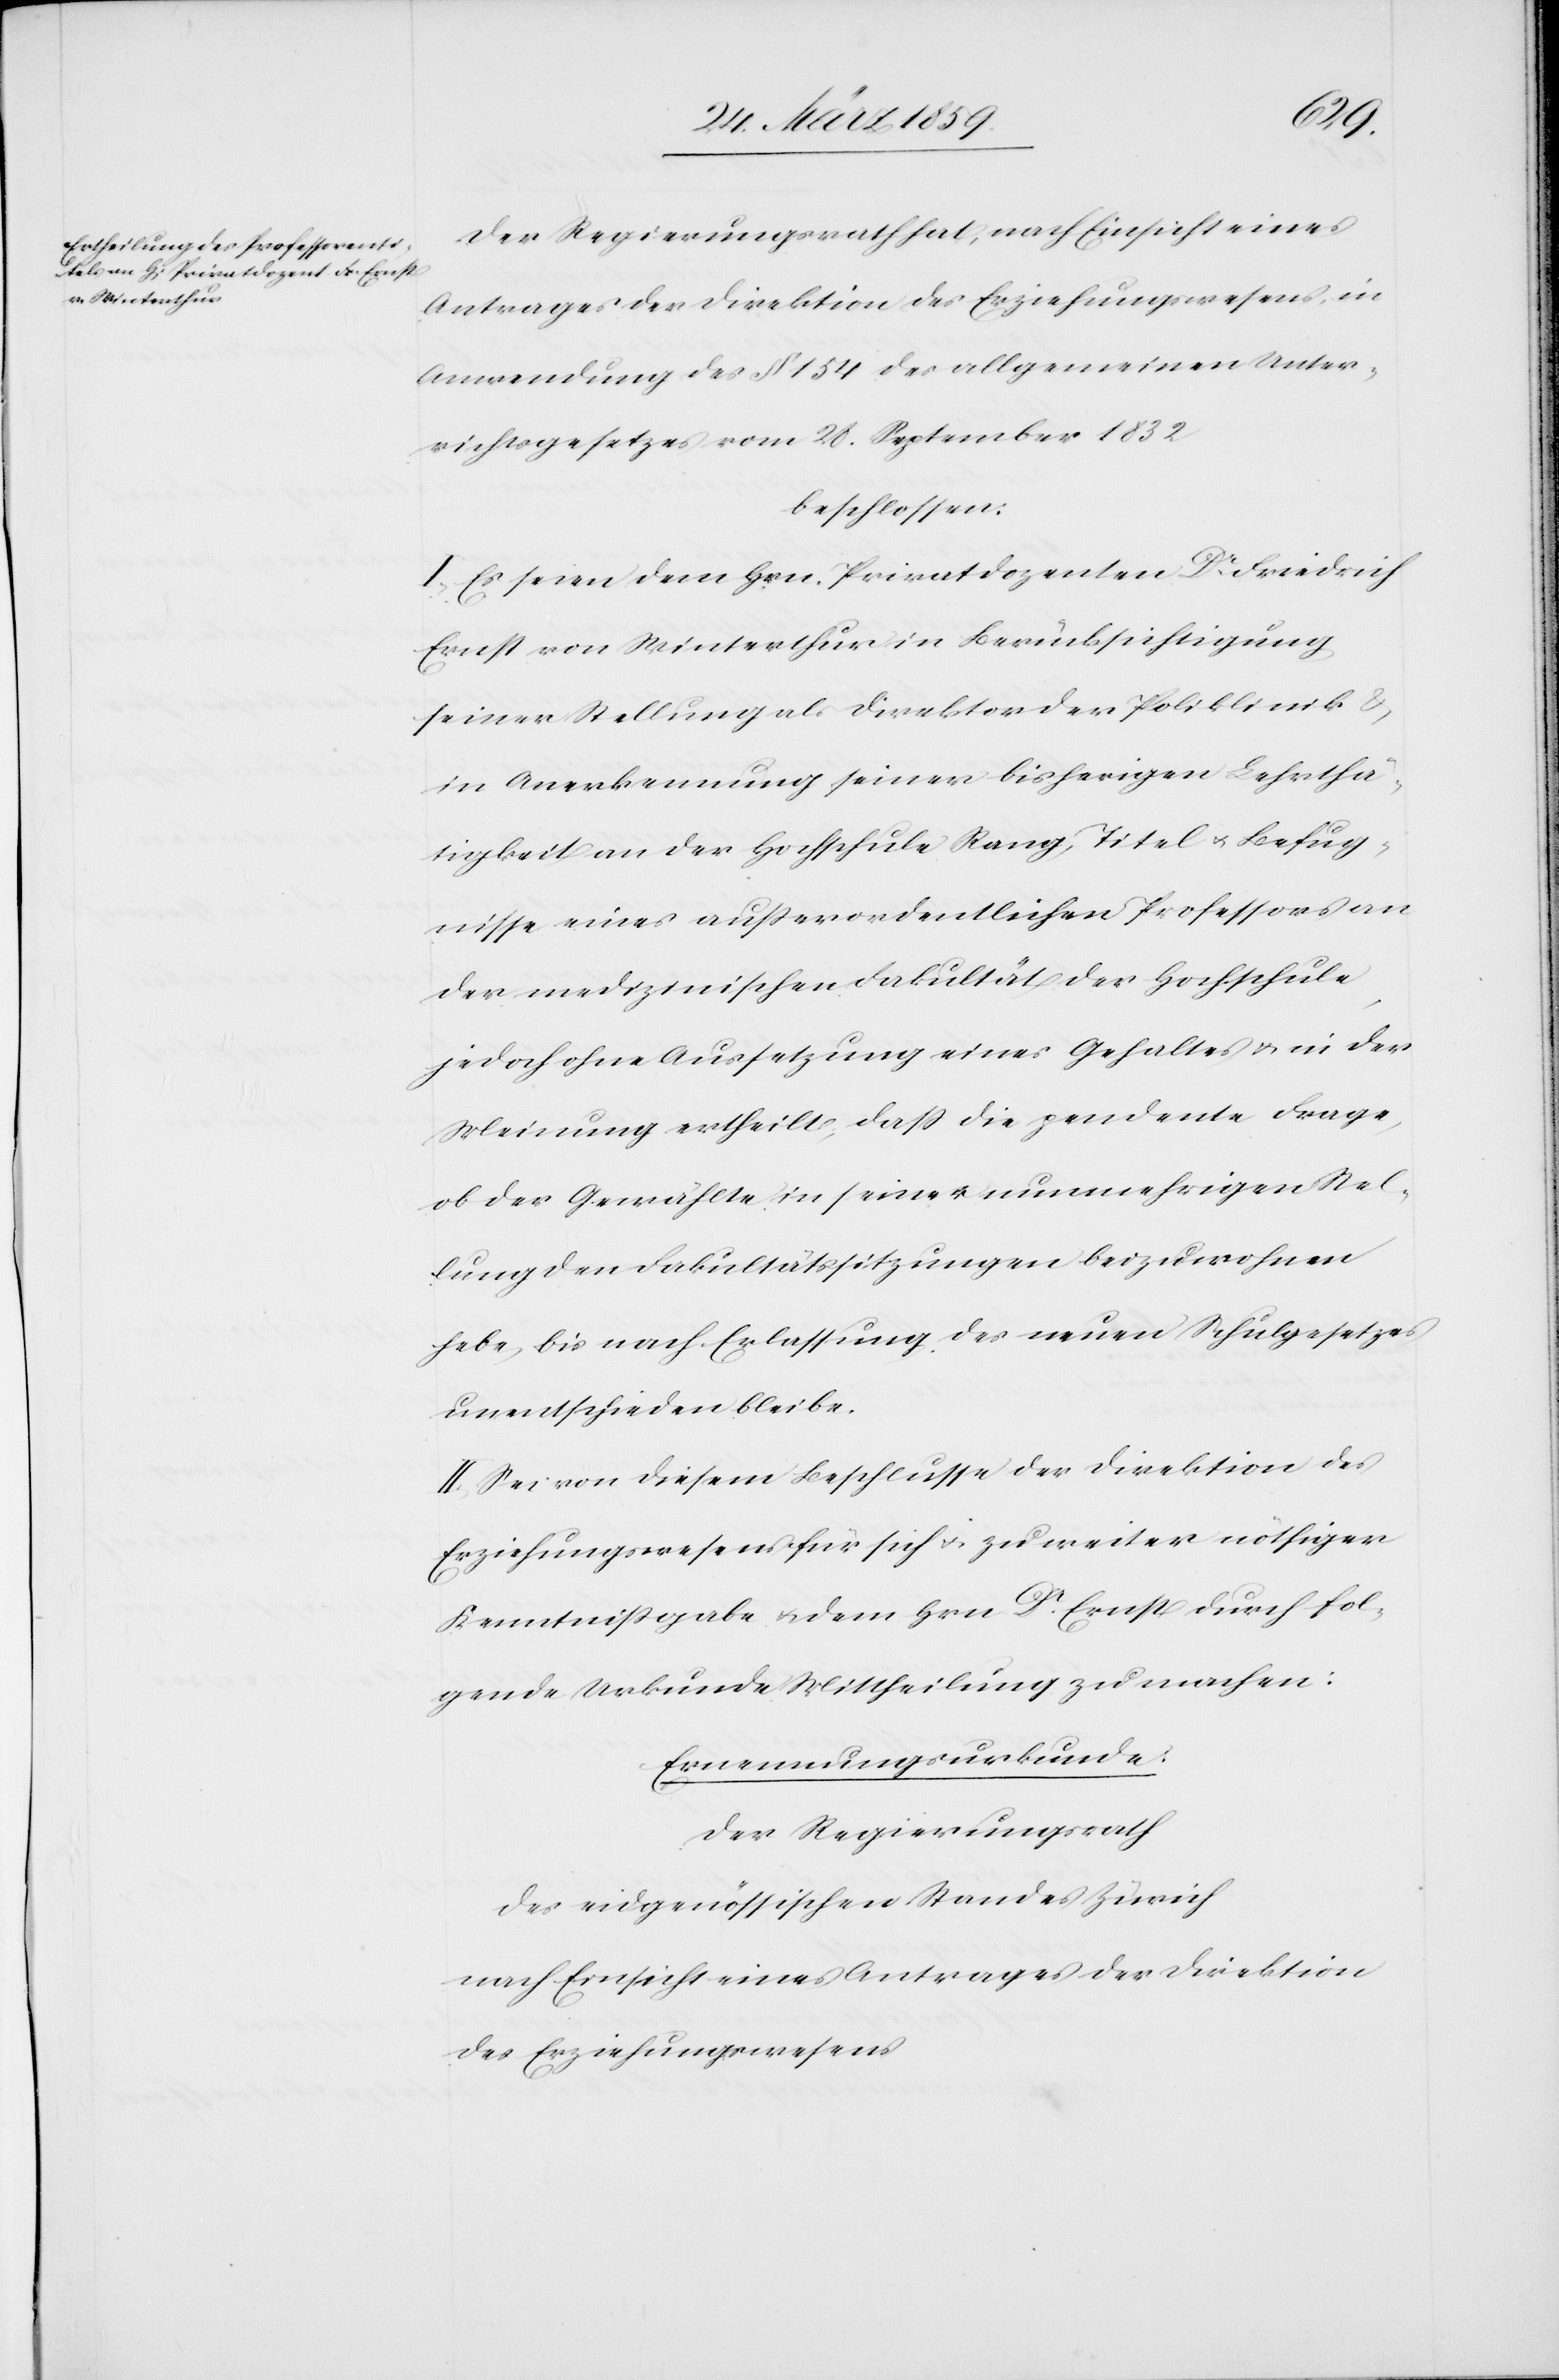
Der Regierungsrath hat, nach Einsicht eines
Antrages der Direktion des Erziehungswesens, in
Anwendung des § 154 des allgemeinen Unter¬
richtsgesetzes vom 28. September 1832
beschlossen:
I. Es seien dem Hrn. Privatdozenten Dr. Friedrich
Ernst von Winterthur in Berücksichtigung
seiner Stellung als Direktor der Poliklinik &
in Anerkennung seiner bisherigen Lehrthä¬
tigkeit an der Hochschule Rang, Titel u. Befug¬
nisse eines außerordentlichen Professors an
der medizinischen Fakultät der Hochschule,
jedoch ohne Aussetzung eines Gehaltes u. in der
Meinung ertheilt, daß die pendente Frage,
ob der Gewählte in seiner nunmehrigen Stel¬
lung den Fakultätssitzungen beizuwohnen
habe, bis nach Erlassung des neuen Schulgesetzes
unentschieden bleibe.
II. Sei von diesem Beschlusse der Direktion des
Erziehungswesens für sich u. zu weiter nöthiger
Kenntnißgebe u. dem Hrn Dr. Ernst durch fol¬
gende Urkunde Mittheilung zu machen:
Ernennungsurkunde:
Der Regierungsrath
des eidgenössichen Standes Zürich
nach Einsicht eines Antrages der Direktion
des Erziehungswesens